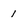
Character: 1